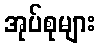
အုပ်စုများ